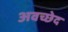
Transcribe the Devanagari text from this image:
अवच्छेद